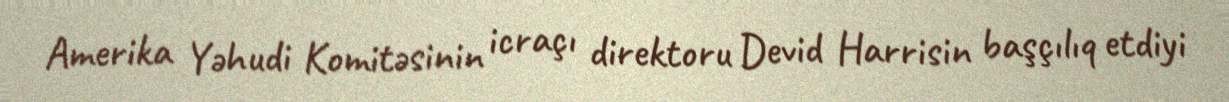
Amerika Yəhudi Komitəsinin icraçı direktoru Devid Harrisin başçılıq etdiyi